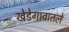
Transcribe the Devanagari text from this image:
खेडेगावातले